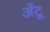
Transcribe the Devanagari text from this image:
अँटू